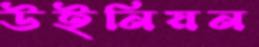
উইনিয়ন